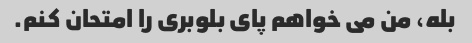
بله، من می خواهم پای بلوبری را امتحان کنم.